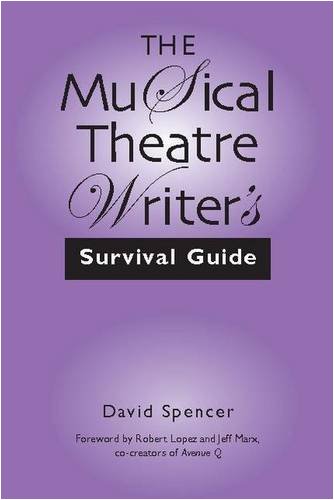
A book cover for The Musical Theatre Writer's Survival Guide; David Spencer; Business & Money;